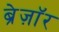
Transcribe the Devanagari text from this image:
ब्रेज़ाॅर